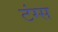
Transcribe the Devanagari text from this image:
टंग्स